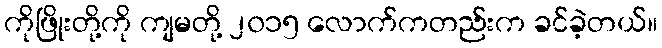
ကိုဖြိုးတို့ကို ကျမတို့ ၂၀၁၅ လောက်ကတည်းက ခင်ခဲ့တယ်။